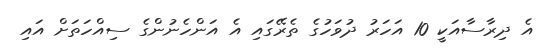
އެ ދިރާސާއަކީ 10 އަހަރު ދުވަހުގެ ތެރޭގައި އެ އަންހެނުންގެ ސިއްހަތަށް އައި